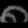
Digit: ၈